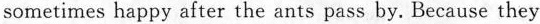
sometimes happy after the ants pass by. Because they